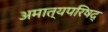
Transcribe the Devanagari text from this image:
अमात्यपरिषद्